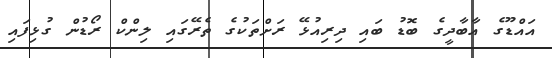
އައްޑޫގެ އާބާދީގެ ބޮޑު ބައި ދިރިއުޅޭ ރަށްތަކުގެ ތެރޭގައި ލިންކް ރޯޑުން ގުޅިފައި